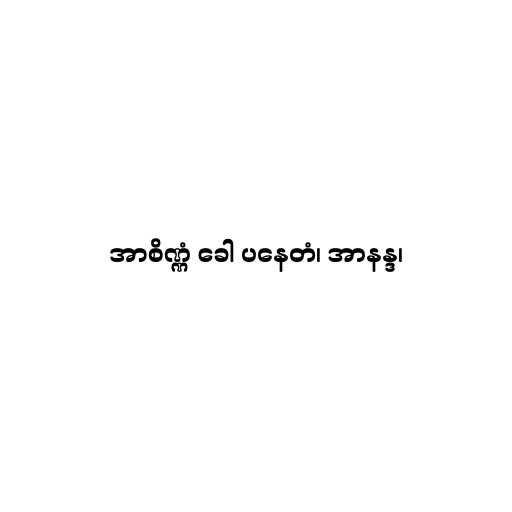
အာစိဏ္ဏံ ခေါ ပနေတံ၊ အာနန္ဒ၊